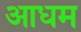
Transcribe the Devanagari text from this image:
आधम